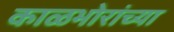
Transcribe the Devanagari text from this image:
काळभोरांच्या